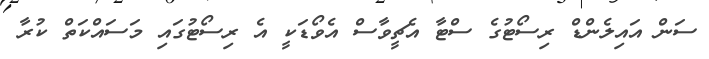
ސަން އައިލެންޑް ރިސޯޓުގެ ސްޓާ އެޗީވާސް އެވޯޑަކީ އެ ރިސޯޓުގައި މަސައްކަތް ކުރާ